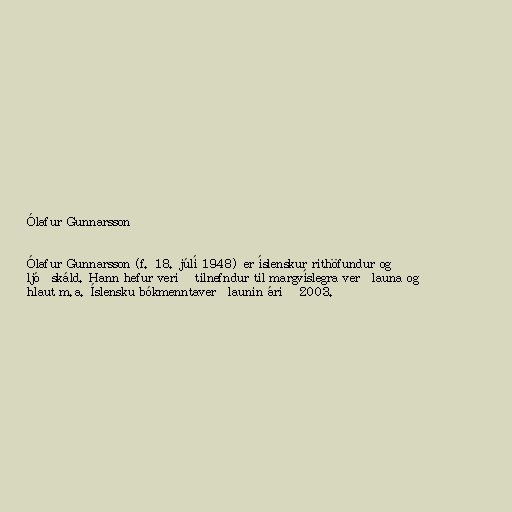
Ólafur Gunnarsson

Ólafur Gunnarsson (f. 18. júlí 1948) er íslenskur rithöfundur og
ljóðskáld. Hann hefur verið tilnefndur til margvíslegra verðlauna og
hlaut m.a. Íslensku bókmenntaverðlaunin árið 2003.